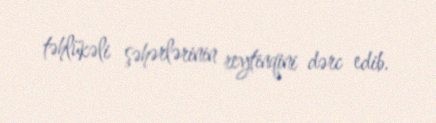
təhlükəli şəhərlərinin reytinqini dərc edib.